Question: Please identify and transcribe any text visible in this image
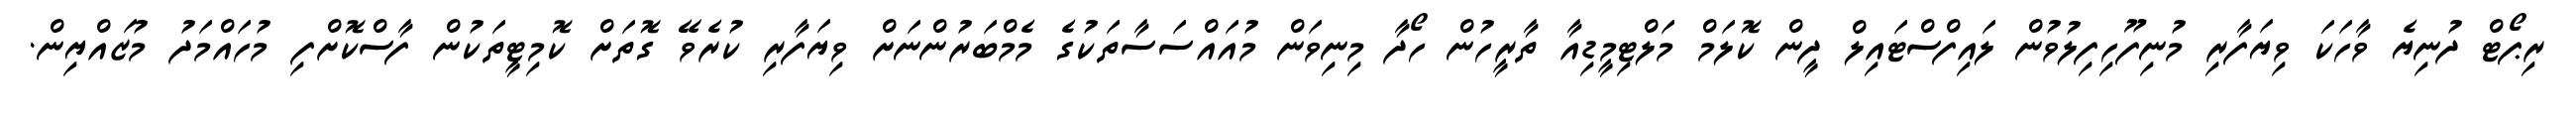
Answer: ރިޕޯޓް ދުނިޔެ ވާހަކަ ވިޔަފާރި މުނިފޫހިފިލުވުން ލައިފްސްޓައިލް ދީން ކޮލަމް މަލްޓިމީޑިއާ ތާރީހުން ހޯދާ މިނިވަން މުއައްސަސާތަކުގެ މެމްބަރުންނަށް ވިޔަފާރި ކުރެވޭ ގޮތަށް ކޮމިޓީތަކުން ފާސްކޮށްފި މުހައްމަދު މުޒައްޔިން.